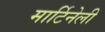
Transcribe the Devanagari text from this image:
मार्टिनेली